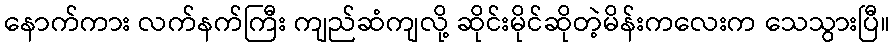
နောက်ကား လက်နက်ကြီး ကျည်ဆံကျလို့ ဆိုင်းမိုင်ဆိုတဲ့မိန်းကလေးက သေသွားပြီ။